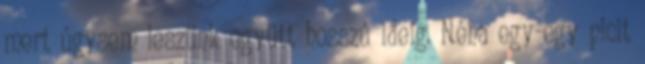
mert úgysem leszünk együtt hosszú ideig. Néha egy-egy picit